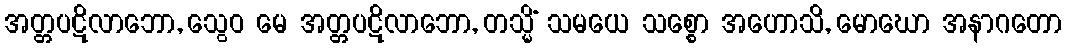
အတ္တပဋိလာဘော, သွေဝ မေ အတ္တပဋိလာဘော, တသ္မိံ သမယေ သစ္စော အဟောသိ, မောဃော အနာဂတော